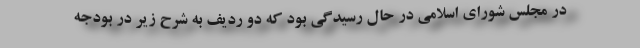
در مجلس شورای اسلامی در حال رسیدگی بود که دو ردیف به ­شرح زیر در بودجه